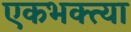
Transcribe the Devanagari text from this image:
एकभक्त्या